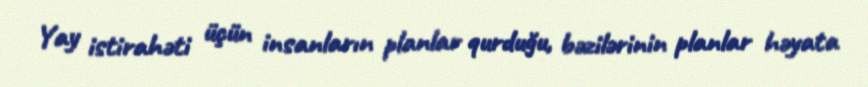
Yay istirahəti üçün insanların planlar qurduğu, bəzilərinin planlar həyata